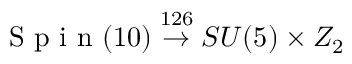
\textrm { S p i n } ( 1 0 ) \stackrel { 1 2 6 } { \rightarrow } S U ( 5 ) \times Z _ { 2 }